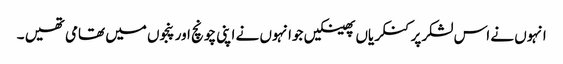
انہوں نے اس لشکرپر کنکریاں پھینکیں جوانہوں نے اپنی چونچ اور پنجوں میں تھامی تھیں ۔